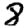
Digit: 8